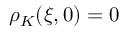
\rho _ { K } ( \xi , 0 ) = 0